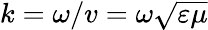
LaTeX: k=\omega/v=\omega\sqrt{\varepsilon\mu}